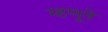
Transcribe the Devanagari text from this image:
म्हणूने